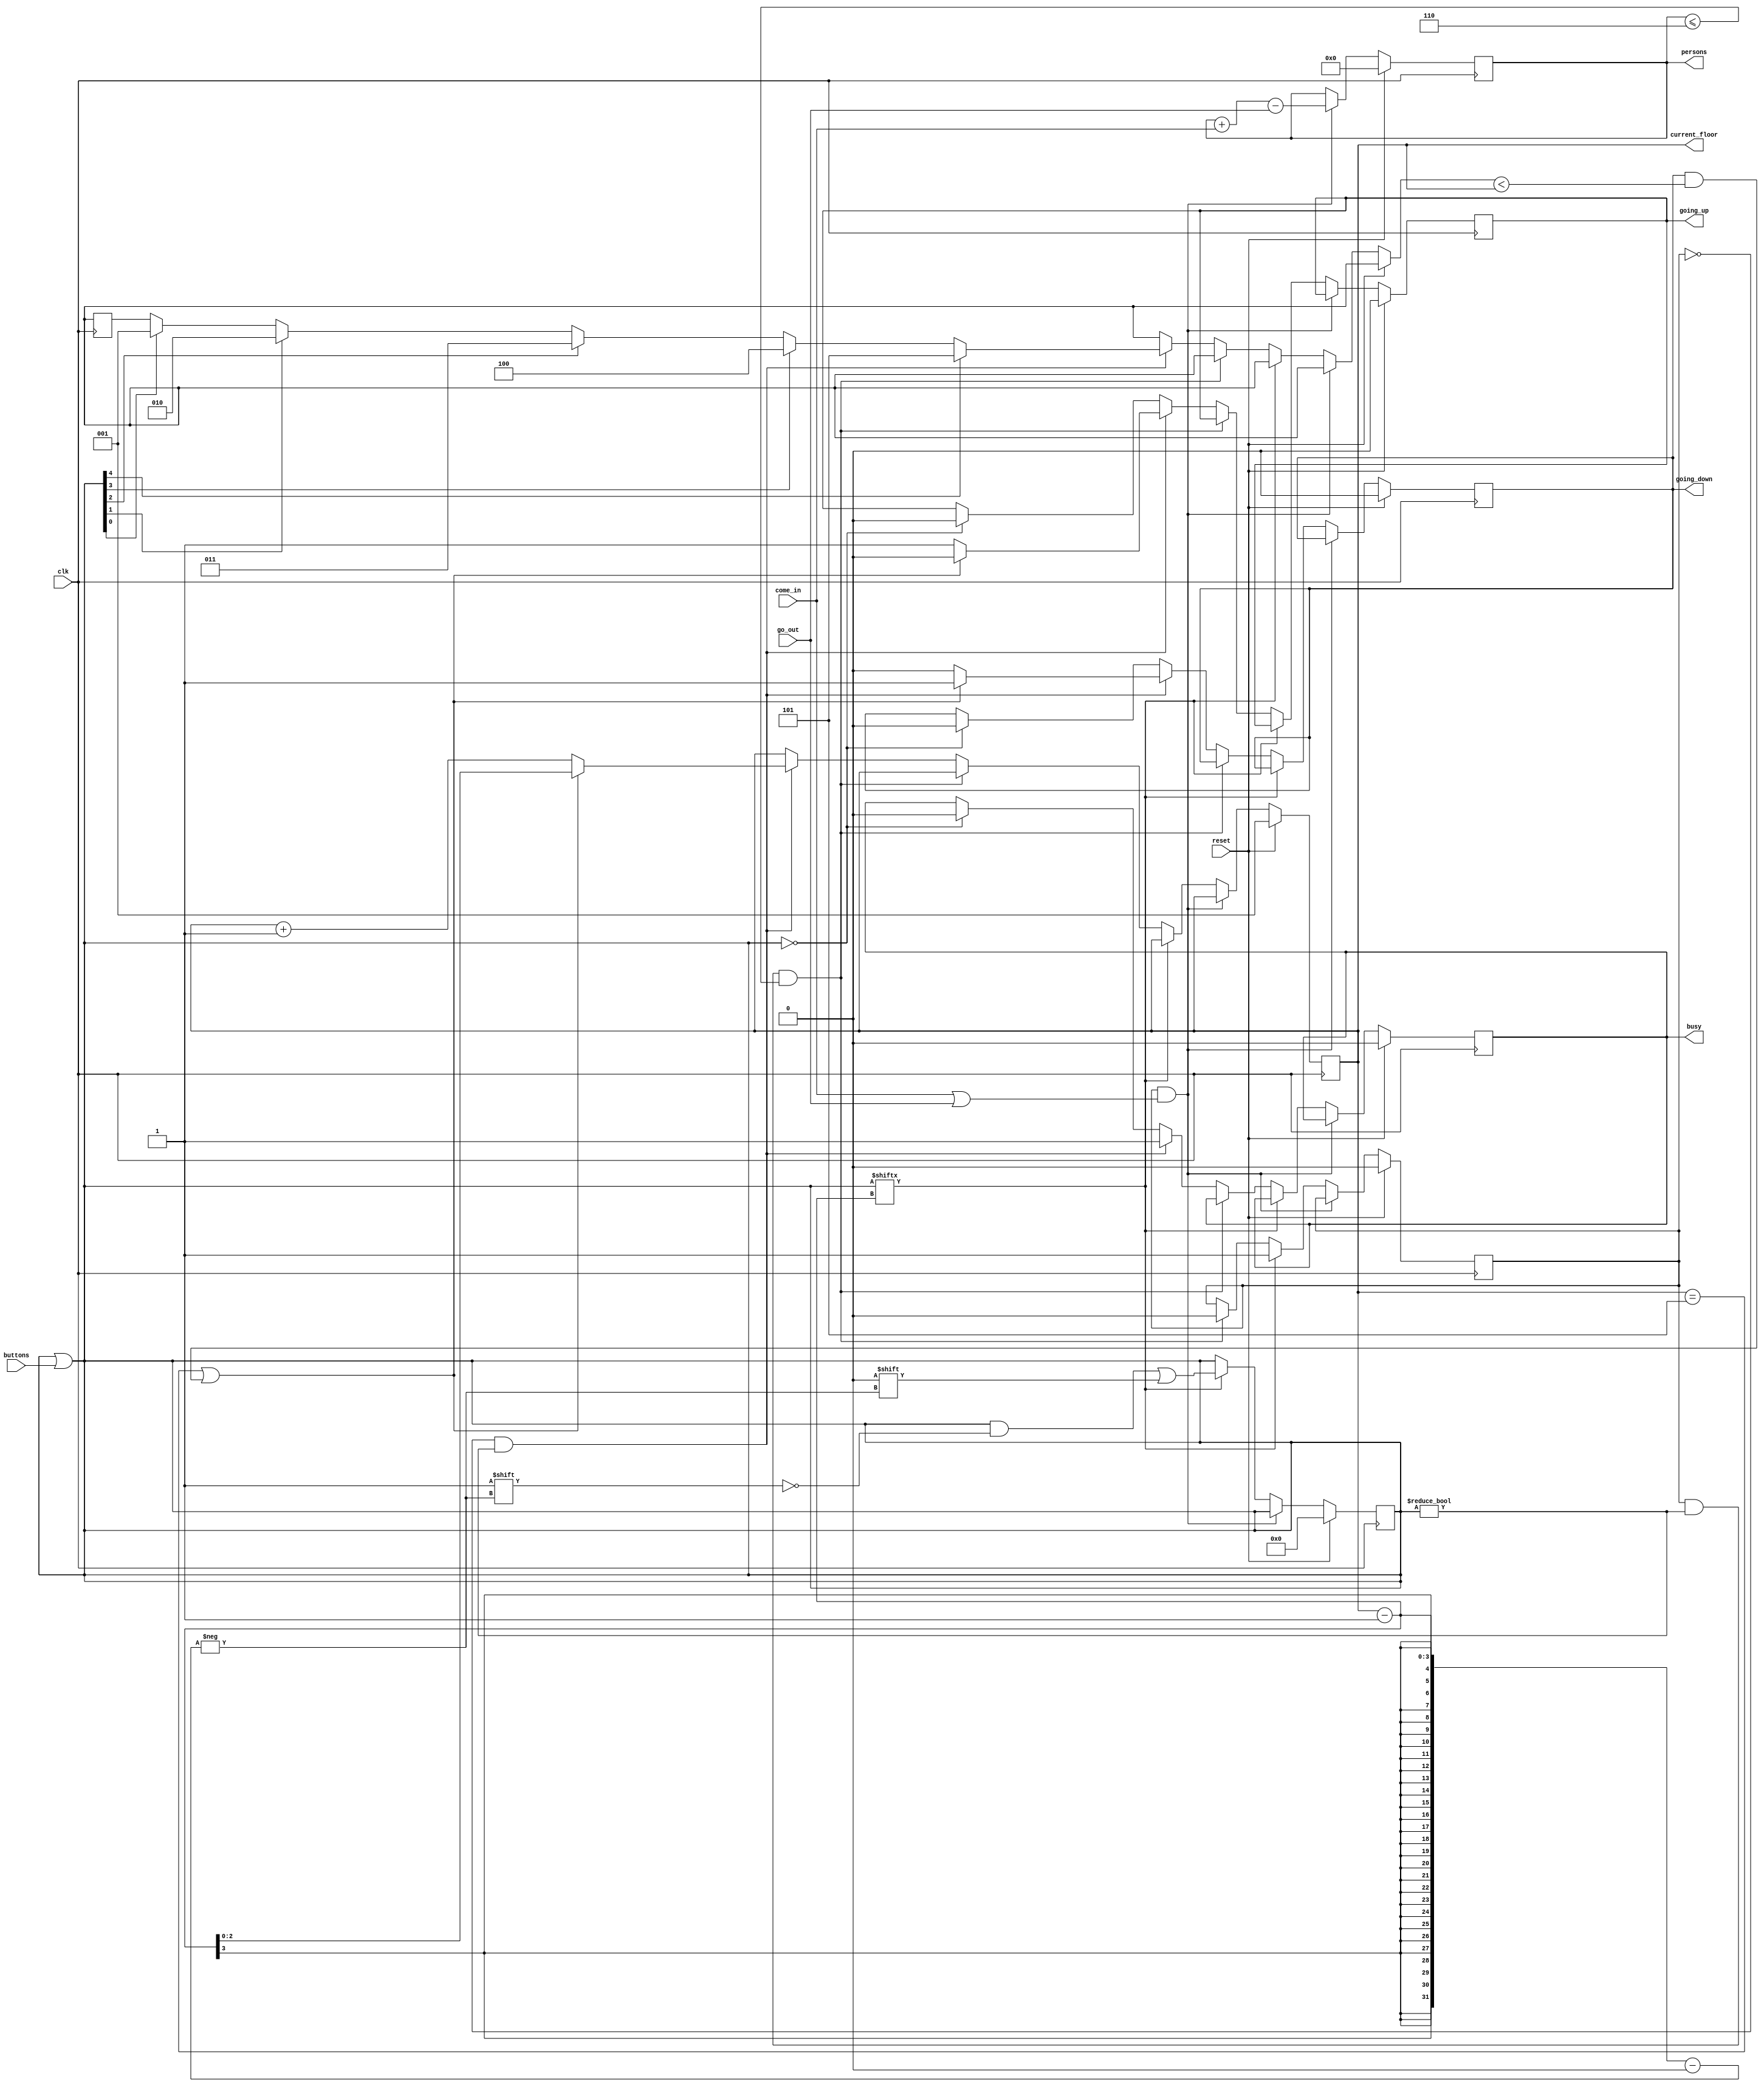
`timescale 1ns / 1ns
//////////////////////////////////////////////////////////////////////////////////
// Company: HajarCO
// Module Name: Elevator_Controller
//////////////////////////////////////////////////////////////////////////////////

module Elevator(buttons, come_in, go_out, clk, reset, current_floor, going_up, going_down, busy, persons);

parameter OPEN = 1;
parameter CLOSED = 0;

input [4:0] buttons;
input come_in;
input go_out;
input clk;
input reset;

output reg [2:0] current_floor;
output reg going_up;
output reg going_down;
output reg busy;
output reg [3:0] persons;

// reg [2:0] next_floor;
// reg [2:0] previus_floor;
reg door; // 0 is closed and 1 is open
reg [4:0] reqs;
integer i;

function [2:0] lsb;
    input [4:0] x;
    begin
        for (i = 1; i <= 5; i = i + 1) begin
            if (x[i - 1] == 1) begin
                lsb = i;
            end
        end
    end
endfunction

always @(posedge clk) begin
    if (reset) begin
        current_floor = 3'b001;
        going_up = 1'b0;
        going_down = 1'b0;    
        reqs = 5'b00000;
        persons = 0;
        door = CLOSED;
        busy = 1'b0;
    end
    else if (door == OPEN && (come_in || go_out)) begin
        persons = persons + come_in - go_out;
    end
    else if (reqs[current_floor - 1] == 1) begin
        door = OPEN;
        reqs[current_floor - 1] = 0;
    end
    else if (door == OPEN && reqs != 0 && persons <= 6) begin
        door = CLOSED;
    end
    else if (door == CLOSED && reqs != 0) begin
        if (current_floor == 5 || (going_down && (lsb(reqs) < current_floor))) begin
            current_floor = current_floor - 1;
            going_up = 1'b0;
            going_down = 1'b1;
            busy = 1;
        end
        else begin
            current_floor = current_floor + 1;
            going_up = 1'b1;
            going_down = 1'b0;
            busy = 1;
        end
    end
    else if (reqs == 0) begin
        busy = 1'b0;
        going_down = 0;
        going_up = 0;
    end
end


always @(buttons) begin
    reqs = reqs | buttons;
end

endmodule